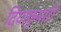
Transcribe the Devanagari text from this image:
दियाकुमारी